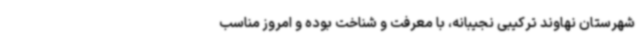
شهرستان نهاوند ترکیبی نجیبانه، با معرفت و شناخت بوده و امروز مناسب